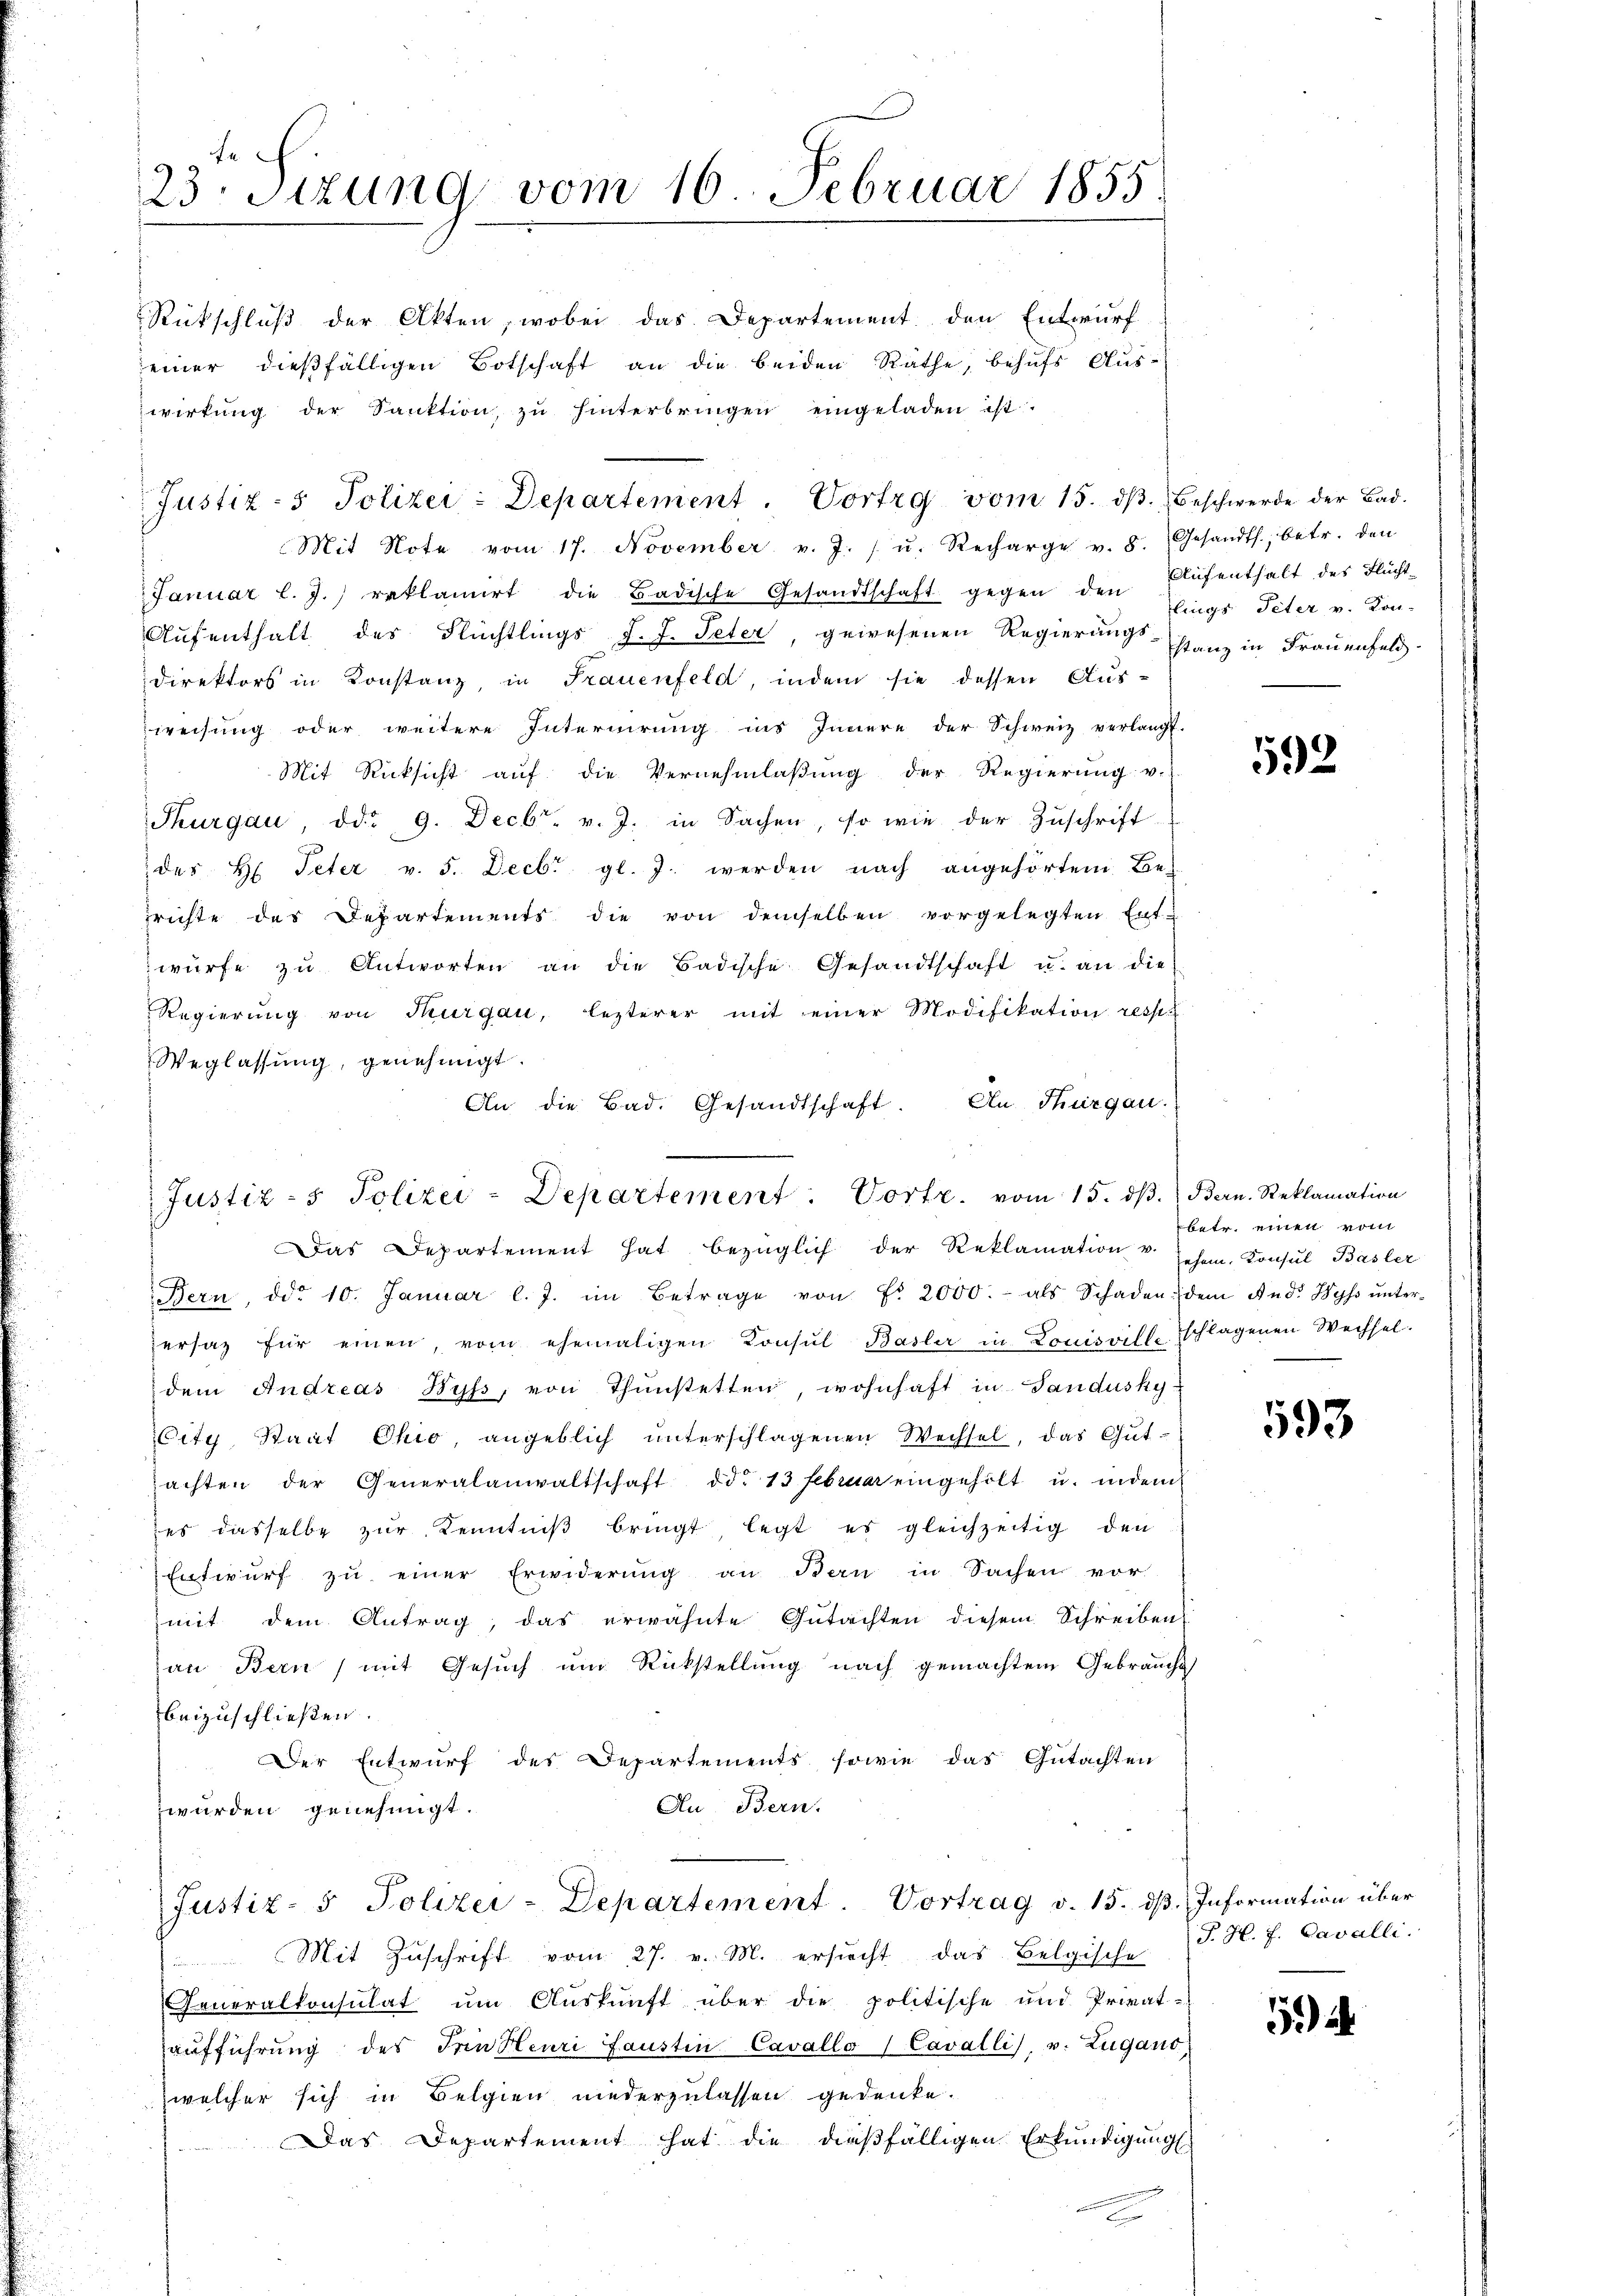
23. Sitzung vom 16. Februar 1855.

Justiz- & Polizei-Departement. Vortrg vom 15. dβ. Beschwerde der Bad.

Rückschlŭβ der Akten, wobei das Departement den Entwurf
einer dießfälligen Botschaft an die beiden Räthe, behufs Auswirkŭng der Sanktion, zu hinterbringen eingeladen ist.
Mit Note vom 17. November v. J. / u. Recharge v. 8. Gesandts, betr. den
Januar l. J.) reklamirt die Badische Gesandtschaft gegen den Eings Peter v. Kon-
Aufenthalt des Flüchtlings J. J. Peter, gewesenen Regierungs-stanz in Frauenfeld
Direktors in Konstanz, in Frauenfeld, indem sie dessen Aus-
weisung oder weitere Internirung ins Innere der Schweiz verlangt.
Mit Rücksicht auf die Vernehmlaßung der Regierung v.
Thurgau, dd. 9. Decbr. v. J. in Sachen, so wie der Zŭschrift
 des H. Peter v. 5. Decbr. gl. J. werden nach angehörtem Be-
richte der Departements die von demselben vorgelegten Ent-
würfe zŭ Antworten an die Badische Gesandtschaft u. an die
Regierung von Thurgau, lezterer mit einer Modifikation resp.
Weglassung, genehmigt.
An die Bad. Gesandtschaft. In Thurgau.
Justiz- & Polizei-Departement. Vorte. vom 15. dβ.) Bern. Reklamation

Das Departement hat bezüglich der Reklamation u. schen, Konsul Basler
Bern, ddo. 10. Januar l. J. im Betrage von Fr. 2000.- als Schaden dem And. Wyss ŭnter-
ersatz für einen, vom ehemaligen Konsul Basler in Louisvill schlagenen Wechsel.
dem Andreas Byss, von Thunstetten, wohnhaft in Sandusky
City, Staat Ohio, angeblich ŭnterschlagenen Wechsel, das Gut-
achten der Generalanwaltschaft ddo 13 Februar eingeholt u. indem
es dasselbe zŭr Kenntniβ bringt legt es gleichzeitig den
Entwurf zu einer Erwiderŭng an dan in Sachen vor.
mit dem Antrag, das erwähnte Gutachten diesem Schreiben
an Bern) mit Gesuch um Rückstellung nach gemachtem Gebrauch
beizuschließen.
Der Entwurf des Departements sowie das Gutachten
Au Bern.
würden genehmigt.
Justiz- & Polizei-Departement. Vortrag v. 15. dβ. Information über

Mit Zuschrift vom 27. v. M. ersucht das Belgische
.
Generalkonsulat um Auskunft über die politische und Privat-
aufführung des Trinkenri faustin Cavallo Cavalli, v. Zugano,
welcher sich in Belgien niederzulassen gedenke.
Das Departement hat die dießfälligen Erkundigung

E

Aufenthalt des Flucht¬

592

betr. einen vom

593

P. H. f. Cavalli.

5